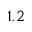
1 . 2